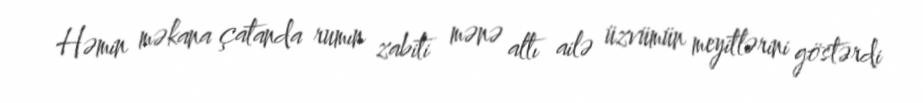
Həmin məkana çatanda rumın zabiti mənə altı ailə üzvümün meyitlərini göstərdi